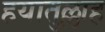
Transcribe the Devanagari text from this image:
हयातुल्लाह